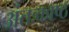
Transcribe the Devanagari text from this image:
अंतःकाष्ठ